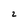
Character: 2